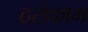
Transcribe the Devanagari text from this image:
ठसेकाम